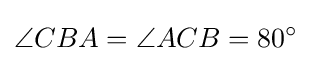
\angle {CBA}=\angle {ACB}=80^{\circ }